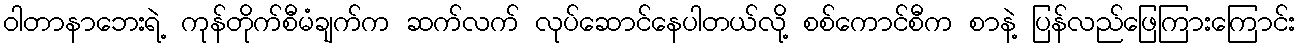
ဝါတာနာဘေးရဲ့ ကုန်တိုက်စီမံချက်က ဆက်လက် လုပ်ဆောင်နေပါတယ်လို့ စစ်ကောင်စီက စာနဲ့ ပြန်လည်ဖြေကြားကြောင်း